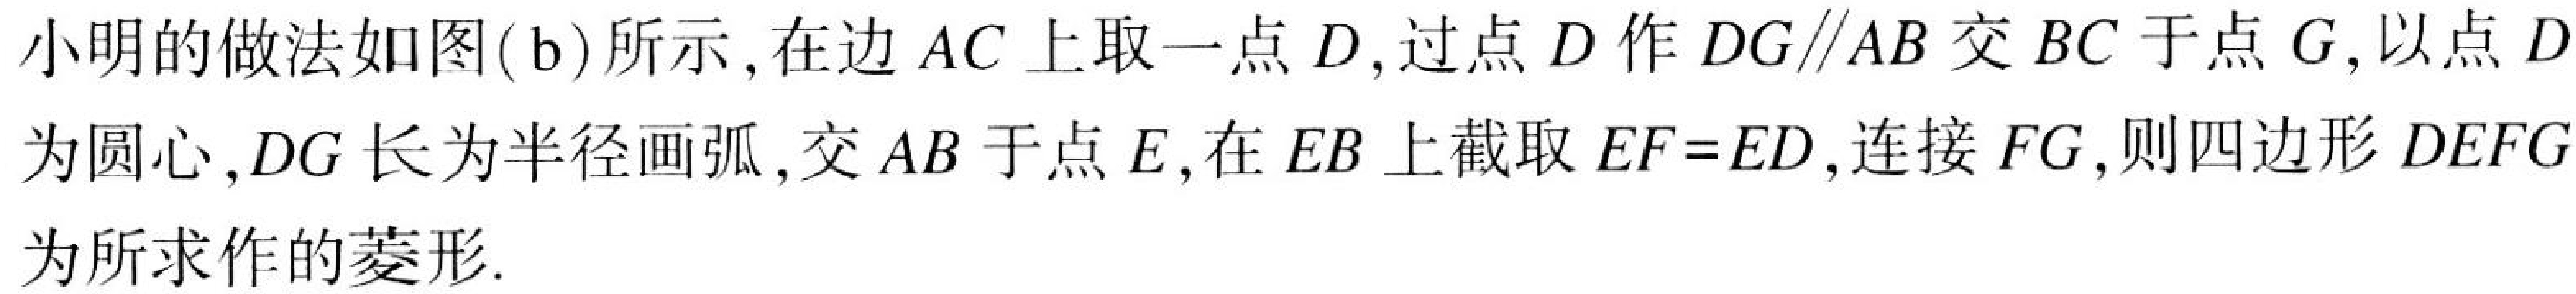
小明的做法如图(b)所示, 在边\(AC\)上取一点\(D\), 过点\(D\)作\(DG\parallel AB\)交\(BC\)于点\(G\), 以点\(D\)
为圆心,\(DG\)长为半径画弧, 交\(AB\)于点\(E\), 在\(EB\)上截取\(EF = ED\), 连接\(FG\), 则四边形\(DEFG\)
为所求作的菱形.